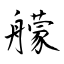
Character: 艨